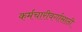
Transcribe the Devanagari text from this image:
कर्मचारीवर्गासाठी